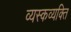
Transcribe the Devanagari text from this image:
व्यस्कव्यक्ति